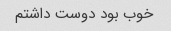
خوب بود دوست داشتم